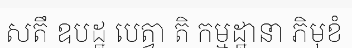
សតឹ ឧបដ្ឋ បេត្វា តិ កម្មដ្ឋានា ភិមុខំ